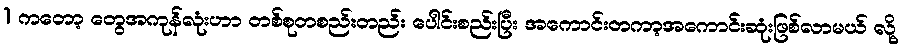
1 ကတော့ တွေအကုန်လုံးဟာ တစ်စုတစည်းတည်း ပေါင်းစည်းပြီး အကောင်းတကာ့အကောင်းဆုံးဖြစ်လာမယ် လို့